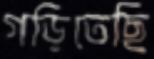
গড়িতেছি